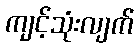
ကျင့်သုံးလျက်